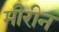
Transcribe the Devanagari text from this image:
मीरीन